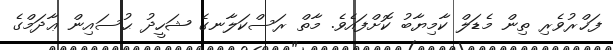
ފަޚްރުވެރި ތިން މެޑަލް ކާމިޔާބު ކޮށްފައެވެ. މާތް ރަސްކަލާނގެ ޝަހީދު ޙުސައިން ޢާދަމްގެ